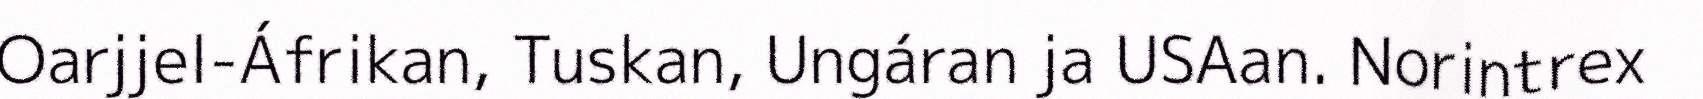
Oarjjel-Áfrikan, Tuskan, Ungáran ja USAan. Norintrex